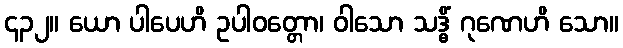
၄၃၂။ ယော ပါပေဟိ ဥပါဝတ္တော၊ ဝါသော သဒ္ဓိံ ဂုဏေဟိ သော။